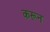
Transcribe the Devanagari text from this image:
करून